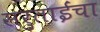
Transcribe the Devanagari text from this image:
सरुताईंचा